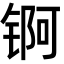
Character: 锕